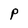
Character: P